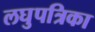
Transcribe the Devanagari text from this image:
लघुपत्रिका